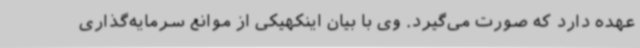
عهده دارد که صورت می‌گیرد. وی با بیان اینکهیکی از موانع سرمایه‌گذاری